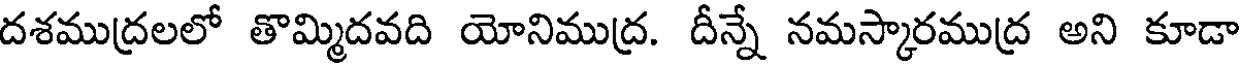
దశముద్రలలో తొమ్మిదవది యోనిముద్ర. దీన్నే నమస్కారముద్ర అని కూడా